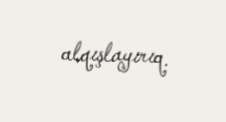
alqışlayırıq.